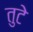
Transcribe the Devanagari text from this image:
तुटे